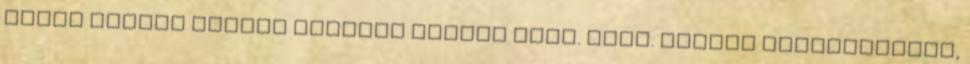
ilyen olcsón mennyi mindent próbál adni. Grat. Tegnap hozzászóltam,